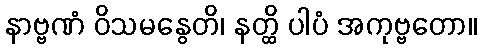
နာဗ္ဗဏံ ဝိသမနွေတိ၊ နတ္ထိ ပါပံ အကုဗ္ဗတော။